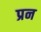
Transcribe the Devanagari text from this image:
प्रन